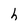
Character: h